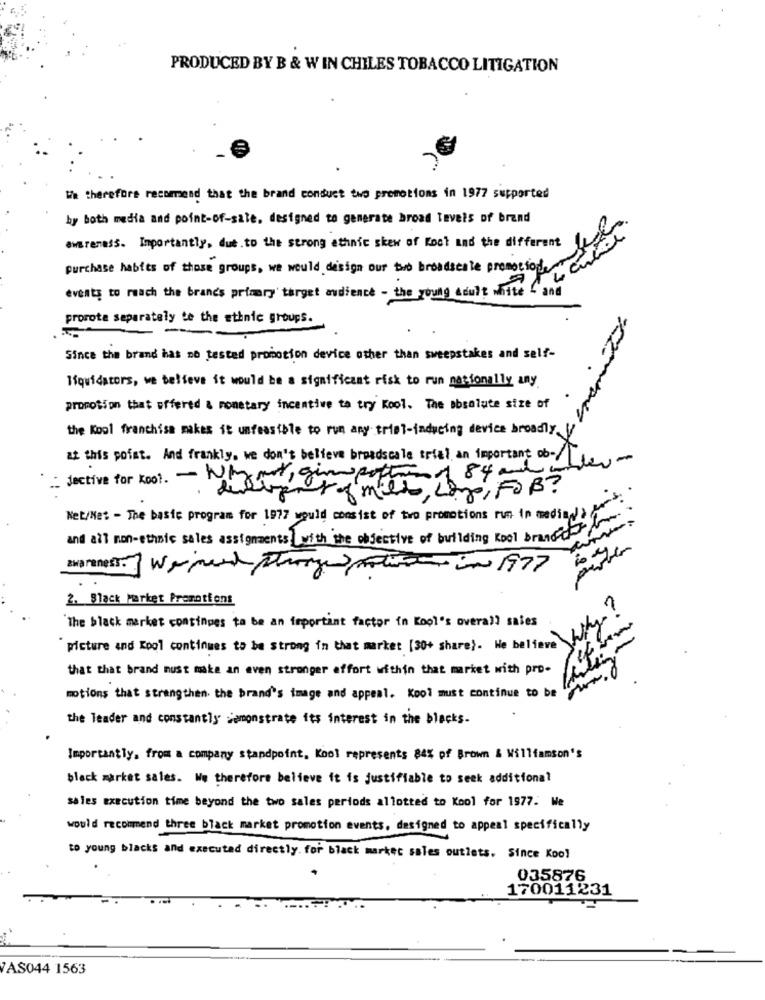
PRODUCED BY B & W IN CHILES TOBACCO LITIGATION
We therefore recommend that the brand conduct two promotions in 1977 supported
by both media and point-of-sale. designed to generate broad levels of brand
awareness. Importantly, due.to the strong ethnic skew of Koot and the different
purchase habits of those groups, we would design our two broadsesle prometiodf
events to reach the brand's primary target audience - the young adult white - and
prorote separately te the ethnic groups.
Since the brand has no tested promotion device other than sweepstakes and self-
liquidators, we believe it would be a significant risk to run nationally any.
propotion that offered & monetary incentive to try Kool. The absolute size of
the Kool franchisa makes it unfeasible to run any triel-inducing device broadly, V
at this point. And frankly, we don't believe breadscale ariel an important ob-
Jective for Koot. - Nky mit, giono portion of 84 and 5
duligner of milk, como, FOB?
Net/Mes - The basic program for 1977 would consist of two promotions rum in mediad'à
and all non-ethnic sales assignments, with the objective of building Kool brand d
awareness: Women stronger
in 1977
2. Black Market Promotions
1
"The black market continges ta be an important factor in Kool's overall sales
"picture and Kool continues to be Strong in that market [30+ share). We believe
that that brand must make an even stronger affort within that market with pro-
motions that strengthen the brand's image and appeal. Kool must continue to be
the leader and constantly demonstrate its interest in the blacks.
Importantly. from a company standpoint, Kool represents 84% of Brown & Williamson's
black market sales. We therefore believe it is justifiable to seek additional
sales execution time beyond the two sales periods allotted to Kool for 1977. We
would recommend three black market promotion events, designed to appeal specifically
to young blacks and executed directly. for black market sales outlets. Since Koo!
035876
170011231
VAS044 1563